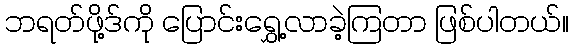
ဘရတ်ဖို့ဒ်ကို ပြောင်းရွှေ့လာခဲ့ကြတာ ဖြစ်ပါတယ်။